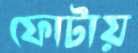
ফোটায়